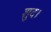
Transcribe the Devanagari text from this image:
शुद।